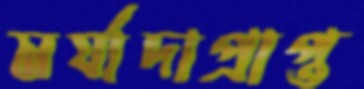
মর্যাদাপ্রাপ্ত